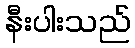
နီးပါးသည်